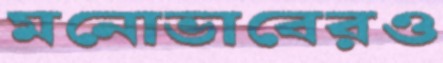
মনোভাবেরও